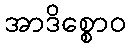
အာဒိစ္စောဝ